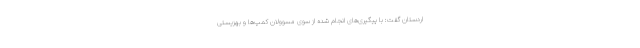
اردستان گفت: با پیگیری‌های انجام شده از سوی مسوولان کمپ‌ها و بهزیستی